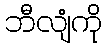
ဘီလျံကို